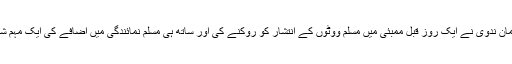
مولانا سید سلمان ندوی نے ایک روز قبل ممبئی میں مسلم ووٹوں کے انتشار کو روکنے کی اور ساتھ ہی مسلم نمائندگی میں اضافے کی ایک مہم شروع کی ہے۔